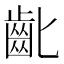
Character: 齔